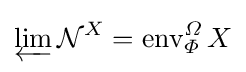
\varprojlim {\mathcal {N}}^{X}=\operatorname {env} _{\varPhi }^{\varOmega }X